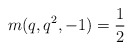
\begin{align*} m(q, q^2, -1) = \frac{1}{2}\end{align*}